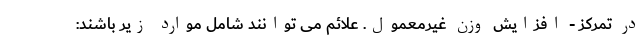
در تمرکز - افزایش وزن غیرمعمول. علائم می توانند شامل موارد زیر باشند: